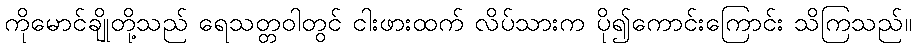
ကိုမောင်ချိုတို့သည် ရေသတ္တဝါတွင် ငါးဖားထက် လိပ်သားက ပို၍ကောင်းကြောင်း သိကြသည်။